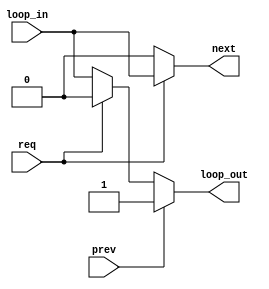
module rr_fwd(
	input  wire prev,  
	input  wire req,   
	output reg  next, 
	input  wire loop_in, 
	output reg  loop_out 
);
	always @*
	begin
		if( prev )
		begin
			loop_out = 1'b1;
		end
		else 
		begin
			loop_out = req ? 1'b0 : loop_in;
		end
	end
	always @*
	begin
		next = req ? loop_in : 1'b0;
	end
endmodule